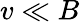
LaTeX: v\ll B